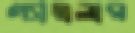
গ্যাম্বলার